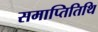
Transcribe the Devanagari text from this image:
समाप्तितिथि